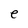
Character: e